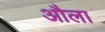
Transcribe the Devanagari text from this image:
औला